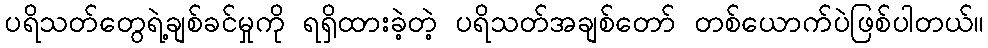
ပရိသတ်တွေရဲ့ချစ်ခင်မှုကို ရရှိထားခဲ့တဲ့ ပရိသတ်အချစ်တော် တစ်ယောက်ပဲဖြစ်ပါတယ်။